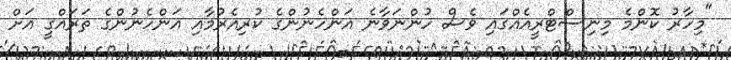
"މިހާރު ކޮންމެ މިނިސްޓްރީއެއްގައި ވެސް ހުންނަވާނެ އަންހެނުންގެ ކުރިއެރުމާއި އަންހެނުންގެ ތަރައްގީ އަށް